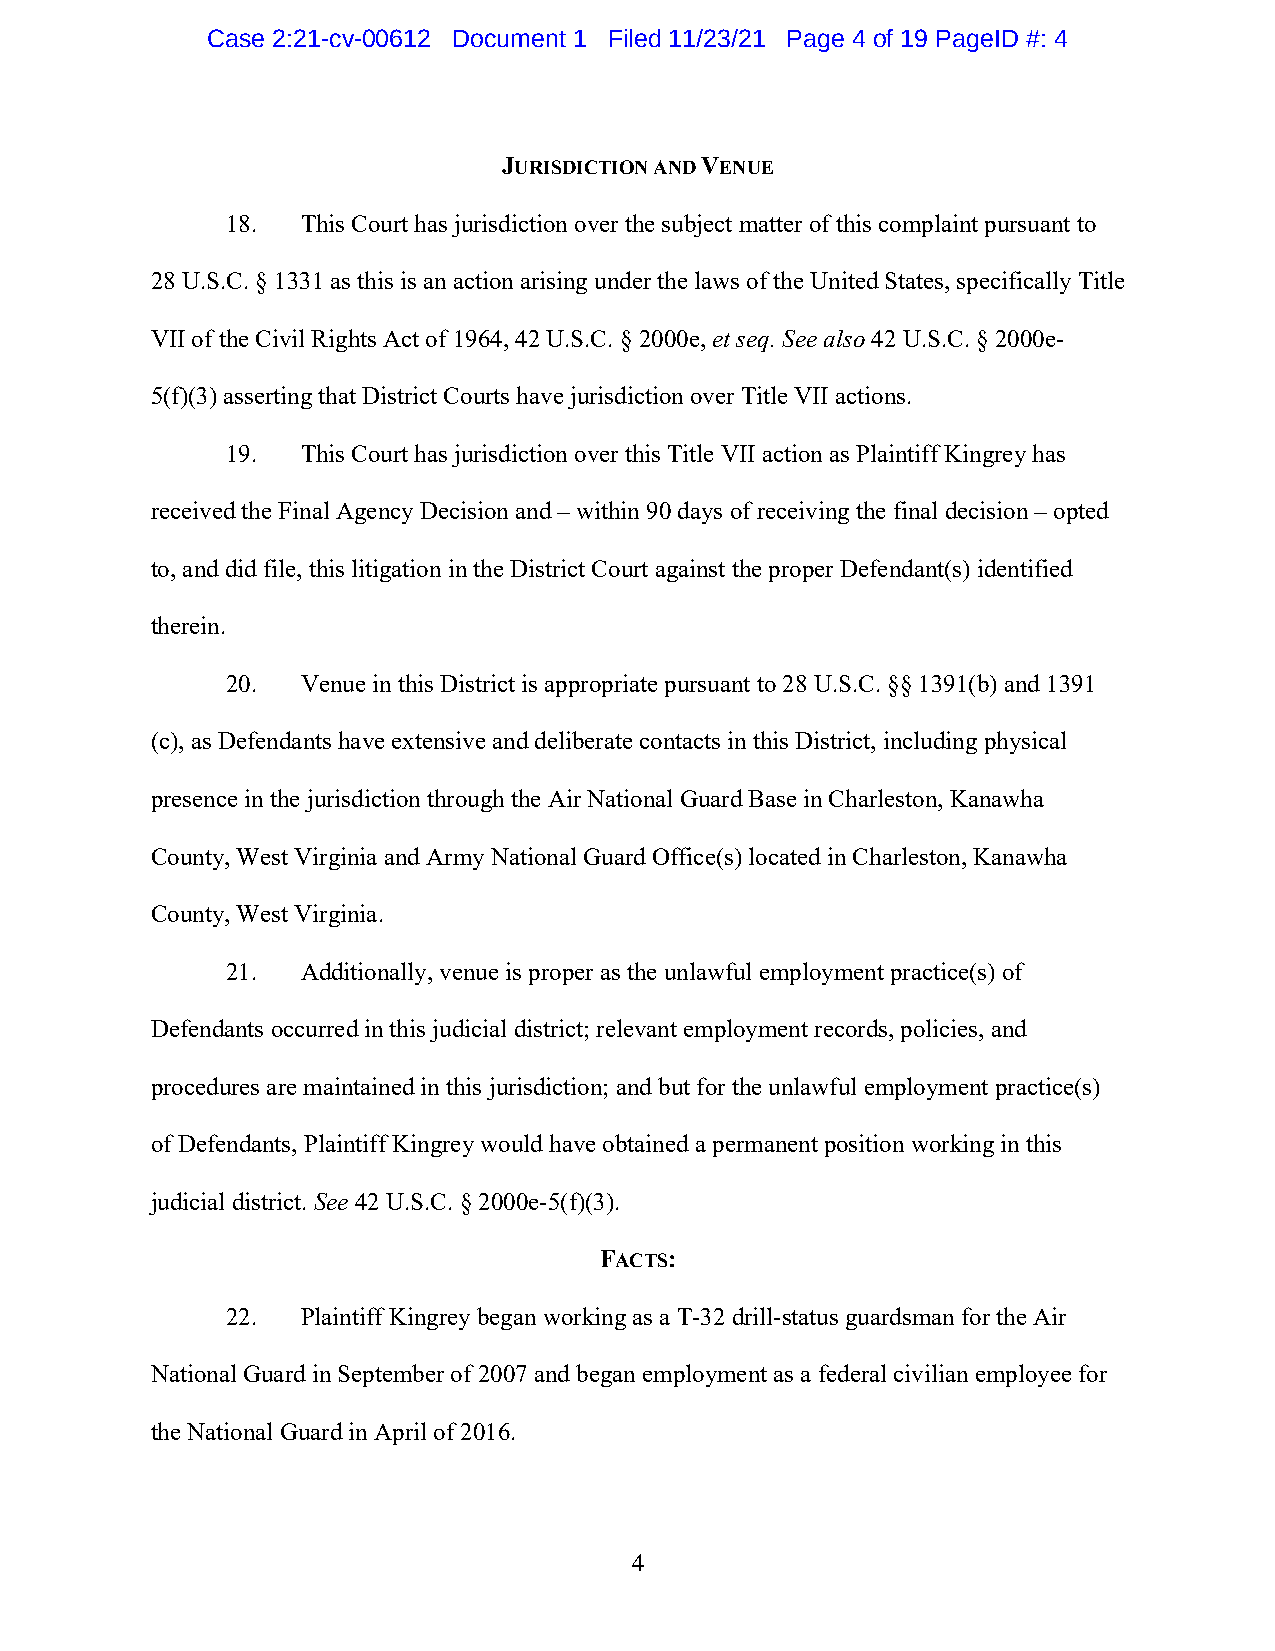
Case 2:21-cv-00612 Document 1 Filed 11/23/21 Page 4 of 19 PageID #: 4
 JURISDICTION AND VENUE
 18.  This Court has jurisdiction over the subject matter of this complaint pursuant to
 28 U.S.C. § 1331 as this is an action arising under the laws of the United States, specifically Title
 VII of the Civil Rights Act of 1964, 42 U.S.C. § 2000e, et seq. See also 42 U.S.C. § 2000e-
 5(f)(3) asserting that District Courts have jurisdiction over Title VII actions.
 19.  This Court has jurisdiction over this Title VII action as Plaintiff Kingrey has
 received the Final Agency Decision and – within 90 days of receiving the final decision – opted
 to, and did file, this litigation in the District Court against the proper Defendant(s) identified
 therein.
 20.  Venue in this District is appropriate pursuant to 28 U.S.C. §§ 1391(b) and 1391
 (c), as Defendants have extensive and deliberate contacts in this District, including physical
 presence in the jurisdiction through the Air National Guard Base in Charleston, Kanawha
 County, West Virginia and Army National Guard Office(s) located in Charleston, Kanawha
 County, West Virginia.
 21.  Additionally, venue is proper as the unlawful employment practice(s) of
 Defendants occurred in this judicial district; relevant employment records, policies, and
 procedures are maintained in this jurisdiction; and but for the unlawful employment practice(s)
 of Defendants, Plaintiff Kingrey would have obtained a permanent position working in this
 judicial district. See 42 U.S.C. § 2000e-5(f)(3).
 FACTS:
 22.  Plaintiff Kingrey began working as a T-32 drill-status guardsman for the Air
 National Guard in September of 2007 and began employment as a federal civilian employee for
 the National Guard in April of 2016.
 4